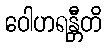
ဝေါဟရန္တီတိ